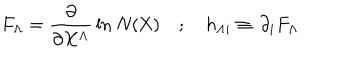
F _ { \Lambda } = \frac { \partial } { \partial X ^ { \Lambda } } \, \ln \, \mathrm { N ( X ) } \quad ; \quad h _ { \Lambda i } \equiv \, \partial _ { i } F _ { \Lambda }